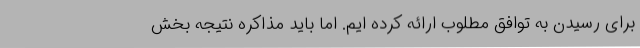
برای رسیدن به توافق مطلوب ارائه کرده ایم. اما باید مذاکره نتیجه بخش